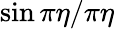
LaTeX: \sin\pi\eta/\pi\eta